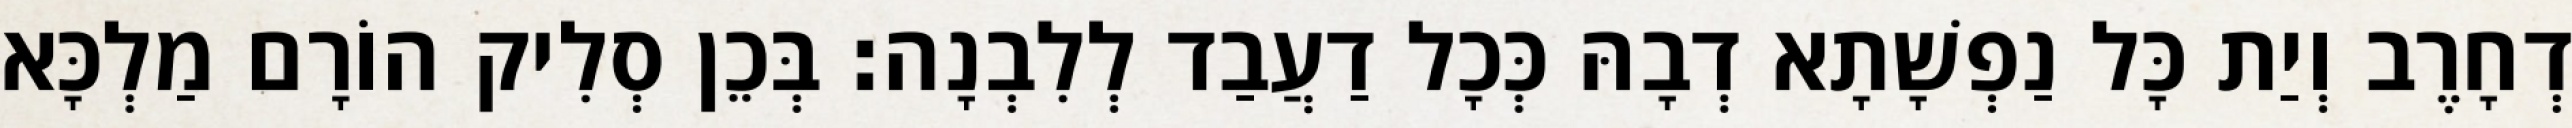
דְחָרֶב וְיַת כָּל נַפְשָׁתָא דְבָהּ כְּכָל דַעֲבַד לְלִבְנָה׃ בְּכֵן סְלִיק הוֹרָם מַלְכָּא